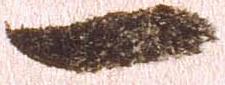
一